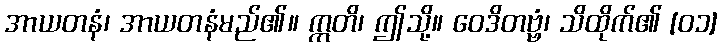
အာယတနံ၊ အာယတနံမည်၏။ ဣတိ၊ ဤသို့။ ဝေဒိတဗ္ဗံ၊ သိထိုက်၏ [၀၁]